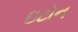
ઇટોન